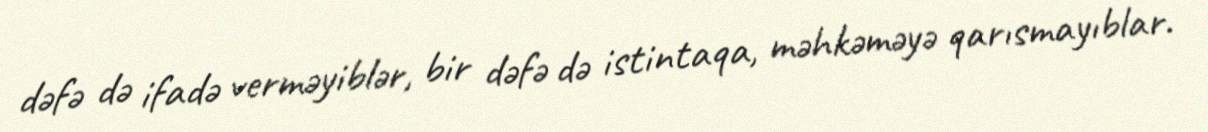
dəfə də ifadə verməyiblər, bir dəfə də istintaqa, məhkəməyə qarısmayıblar.